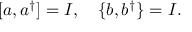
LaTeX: [ a , a ^ { \dagger } ] = I , \ \ \ \{ b , b ^ { \dagger } \} = I .